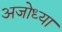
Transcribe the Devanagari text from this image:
अजोध्या